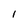
Character: I